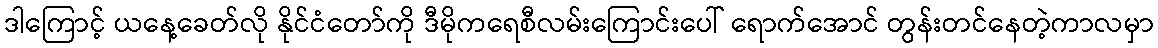
ဒါကြောင့် ယနေ့ခေတ်လို နိုင်ငံတော်ကို ဒီမိုကရေစီလမ်းကြောင်းပေါ် ရောက်အောင် တွန်းတင်နေတဲ့ကာလမှာ